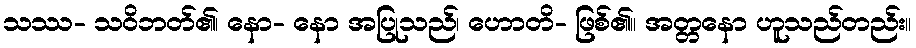
သဿ- သဝိဘတ်၏၊ နော- နော အပြုသည်၊ ဟောတိ- ဖြစ်၏။ အတ္တနော ဟူသည်တည်း။